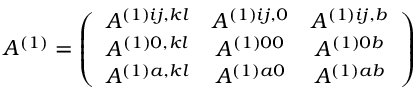
A ^ { ( 1 ) } = \left( \begin{array} { c c c } { { A ^ { ( 1 ) i j , k l } } } & { { A ^ { ( 1 ) i j , 0 } } } & { { A ^ { ( 1 ) i j , b } } } \\ { { A ^ { ( 1 ) 0 , k l } } } & { { A ^ { ( 1 ) 0 0 } } } & { { A ^ { ( 1 ) 0 b } } } \\ { { A ^ { ( 1 ) a , k l } } } & { { A ^ { ( 1 ) a 0 } } } & { { A ^ { ( 1 ) a b } } } \end{array} \right)